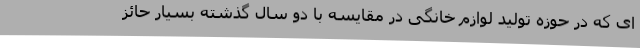
ای که در حوزه تولید لوازم خانگی در مقایسه با دو سال گذشته بسیار حائز